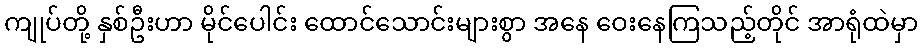
ကျုပ်တို့ နှစ်ဦးဟာ မိုင်ပေါင်း ထောင်သောင်းများစွာ အနေ ဝေးနေကြသည့်တိုင် အာရုံထဲမှာ